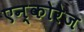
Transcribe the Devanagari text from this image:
एन्कोरेज